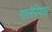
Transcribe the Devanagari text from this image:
गालेरियस